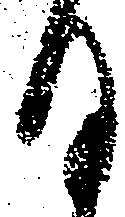
日